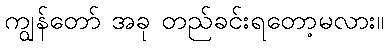
ကျွန်တော် အခု တည်ခင်းရတော့မလား။